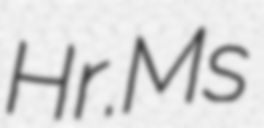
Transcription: Hr.Ms